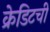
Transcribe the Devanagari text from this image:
क्रेडिटची